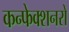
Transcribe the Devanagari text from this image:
कन्फेक्शनरों